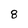
Character: 8